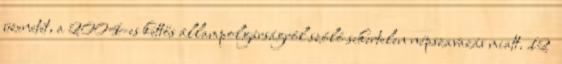
üzenetét, a 2004-es kettős állampolgárságról szóló sikertelen népszavazás miatt. 12